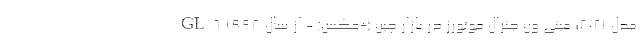
GL6 مدل 2021؛ مینی ون جنرال موتورز در بازار چین (+عکس) - از سال 1998